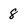
Character: 8